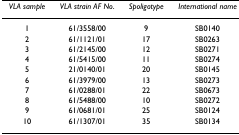
<table><thead><tr><td><b><i>VLA sample</i></b></td><td><b><i>VLA strain AF No</i>.</b></td><td><b><i>Spoligotype</i></b></td><td><b><i>International name</i></b></td></tr></thead><tbody><tr><td>1</td><td>61/3558/00</td><td>9</td><td>SB0140</td></tr><tr><td>2</td><td>61/1121/01</td><td>17</td><td>SB0263</td></tr><tr><td>3</td><td>61/2145/00</td><td>12</td><td>SB0271</td></tr><tr><td>4</td><td>61/5415/00</td><td>11</td><td>SB0274</td></tr><tr><td>5</td><td>21/0140/01</td><td>20</td><td>SB0145</td></tr><tr><td>6</td><td>61/3979/00</td><td>13</td><td>SB0273</td></tr><tr><td>7</td><td>61/0288/01</td><td>22</td><td>SB0673</td></tr><tr><td>8</td><td>61/5488/00</td><td>10</td><td>SB0272</td></tr><tr><td>9</td><td>61/0681/01</td><td>25</td><td>SB0124</td></tr><tr><td>10</td><td>61/1307/01</td><td>35</td><td>SB0134</td></tr></tbody></table>